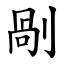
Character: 剮